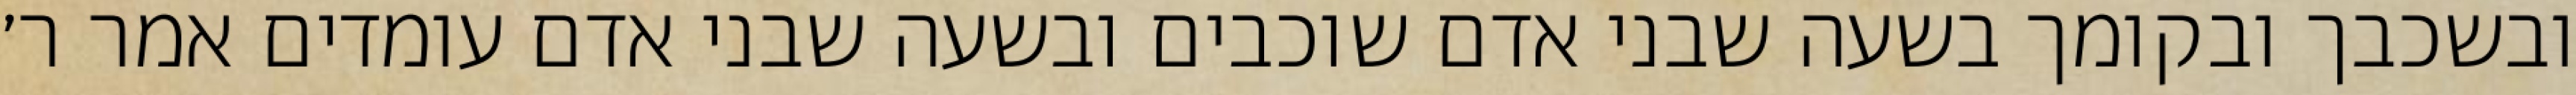
ובשכבך ובקומך בשעה שבני אדם שוכבים ובשעה שבני אדם עומדים אמר ר׳